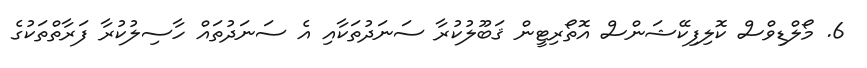
6. މޯލްޑިވްސް ކޮލިފިކޭޝަންސް އޮތޯރިޓީން ޤަބޫލުކުރާ ސަނަދުތަކާއި އެ ސަނަދުތައް ހާސިލުކުރާ ފަރާތްތަކުގެ